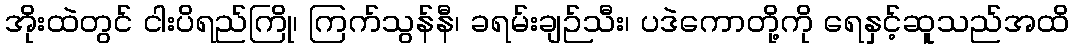
အိုးထဲတွင် ငါးပိရည်ကြို၊ ကြက်သွန်နီ၊ ခရမ်းချဉ်သီး၊ ပဒဲကောတို့ကို ရေနှင့်ဆူသည်အထိ